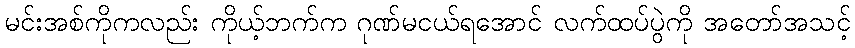
မင်းအစ်ကိုကလည်း ကိုယ့်ဘက်က ဂုဏ်မငယ်ရအောင် လက်ထပ်ပွဲကို အတော်အသင့်